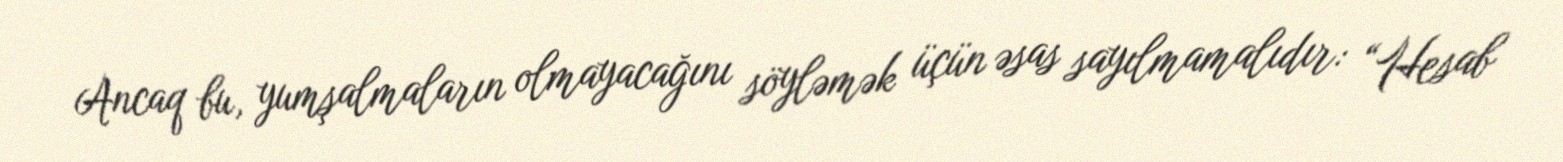
Ancaq bu, yumşalmaların olmayacağını söyləmək üçün əsas sayılmamalıdır: “Hesab